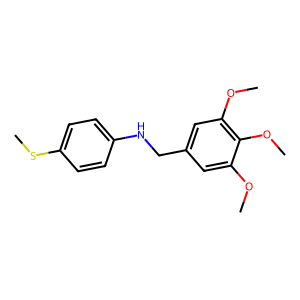
SMILES: COc1cc(CNc2ccc(SC)cc2)cc(OC)c1OC
Inhibits HIV replication: No